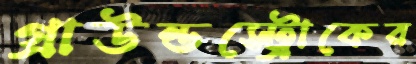
গ্রাউন্ডস্ট্রোকের